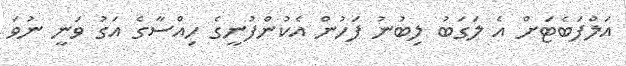
އަލްފަބެޓަށް އެ ލަގަބު ލިބުނު ފަހުން އެކުންފުނީގެ ހިއްސާގެ އަގު ވަނީ ނުވަ